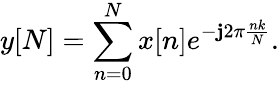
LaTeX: y[N]=\sum_{n=0}^{N}x[n]e^{-\mathbf{j}2\pi{\frac{{nk}}{{N}}}}.